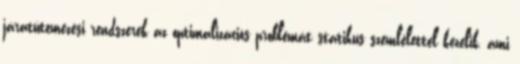
járatütemezési rendszerek az optimalizációs problémát statikus szemlélettel kezelik, ami